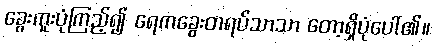
ခွေးကူးပုံကြည့်၍ ရေကခွေးတရပ်သာသာ တော့ရှိပုံပေါ်၏။